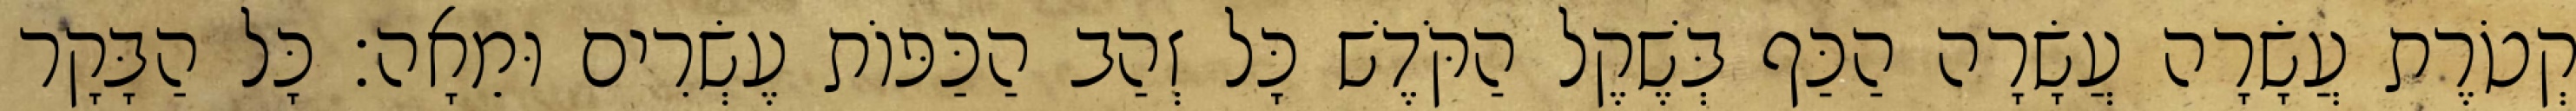
קְטֹרֶת עֲשָׂרָה עֲשָׂרָה הַכַּף בְּשֶׁקֶל הַקֹּדֶשׁ כָּל זְהַב הַכַּפּוֹת עֶשְׂרִים וּמֵאָה׃ כָּל הַבָּקָר